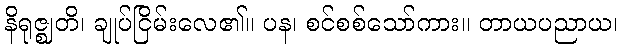
နိရုဇ္ဈတိ၊ ချုပ်ငြိမ်းလေ၏။ ပန၊ စင်စစ်သော်ကား။ တာယပညာယ၊